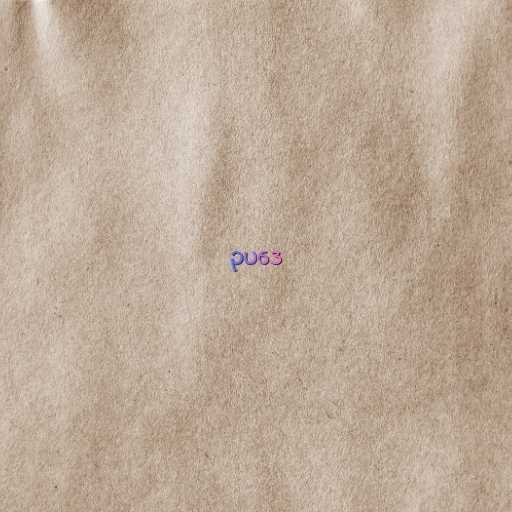
ဥပဒေ